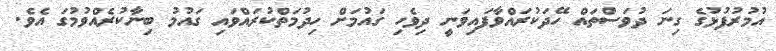
އުމުރުފުޅުގެ ގިނަ ދުވަސްތައް ހޭދަކުރައްވާފައިވަނީ ދިވެހި ގައުމަށް ހިދުމަތްކުރައްވައި ގައުމު ބިނާކުރެއްވުމުގަ އެވެ.